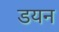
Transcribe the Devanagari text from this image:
डयन